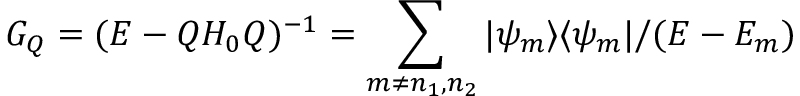
G _ { Q } = ( E - Q H _ { 0 } Q ) ^ { - 1 } = \sum _ { m \neq n _ { 1 } , n _ { 2 } } | \psi _ { m } \rangle \langle \psi _ { m } | / ( E - E _ { m } )